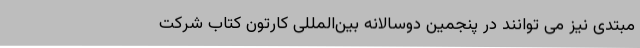
مبتدی نیز می توانند در پنجمین دوسالانه بین‌المللی کارتون کتاب شرکت